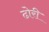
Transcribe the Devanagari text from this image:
ढोरी